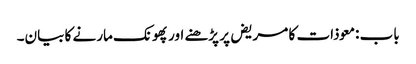
باب : معوذات کا مریض پر پڑھنے اور پھونک مارنے کا بیان۔